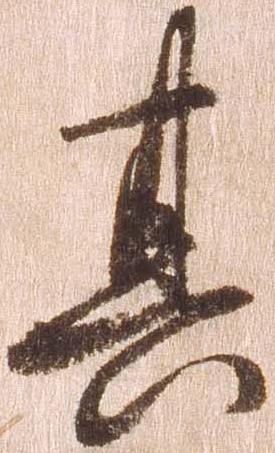
其